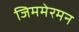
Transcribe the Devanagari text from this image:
जिममेरमन